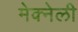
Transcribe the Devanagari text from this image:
मेक्नेली